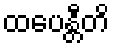
ထပေန္တီတိ